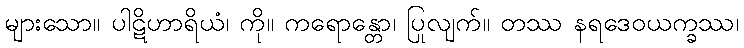
များသော။ ပါဋိဟာရိယံ၊ ကို။ ကရောန္တော၊ ပြုလျက်။ တဿ နရဒေဝယက္ခဿ၊